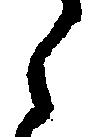
之